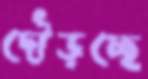
দৌড়চ্ছে